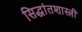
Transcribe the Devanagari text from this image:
सिद्धांतशास्त्री